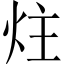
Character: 炷